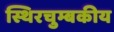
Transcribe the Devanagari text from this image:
स्थिरचुम्बकीय